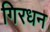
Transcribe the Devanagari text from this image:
गिरधन